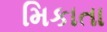
મિકાતા